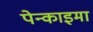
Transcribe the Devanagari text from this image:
पेन्काइमा